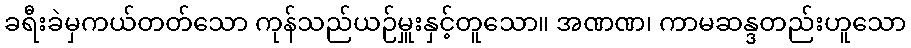
ခရီးခဲမှကယ်တတ်သော ကုန်သည်ယဉ်မှူးနှင့်တူသော။ အဏဏ၊ ကာမဆန္ဒတည်းဟူသော